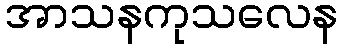
အာသနကုသလေန